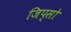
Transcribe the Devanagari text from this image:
जिप्सो